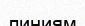
линиям